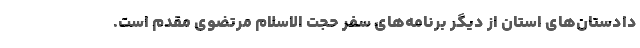
دادستان‌های استان از دیگر برنامه‌های سفر حجت الاسلام مرتضوی مقدم است.